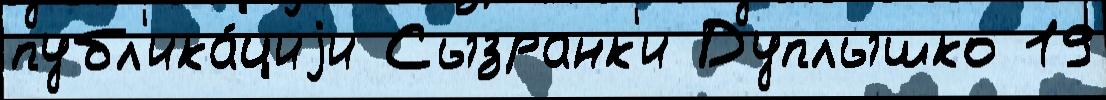
публ'ика́циjи Сызранк'и Дуплышко 19